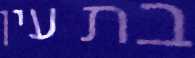
בת עין